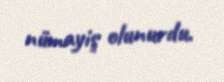
nümayiş olunurdu.